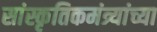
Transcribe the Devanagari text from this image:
सांस्कृतिकमंत्र्यांच्या